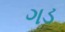
ગડ